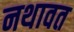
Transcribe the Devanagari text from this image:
नथावत